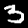
Label: 3